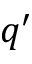
q ^ { \prime }